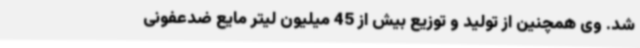
شد. وی همچنین از تولید و توزیع بیش از 45 میلیون لیتر مایع ضدعفونی